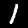
Digit: 1